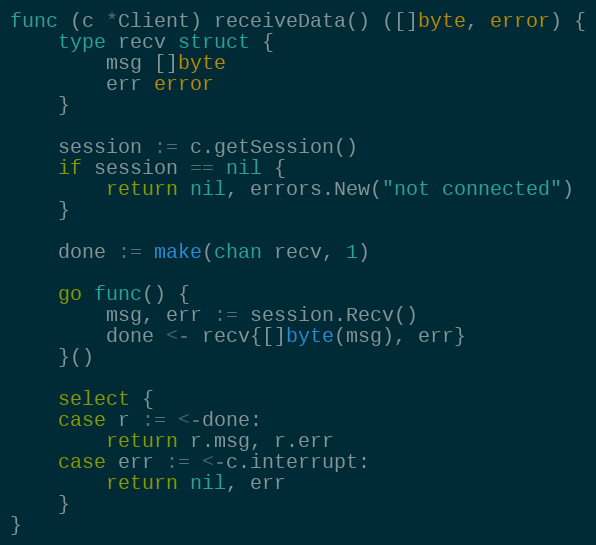
Language: Go
func (c *Client) receiveData() ([]byte, error) {
	type recv struct {
		msg []byte
		err error
	}

	session := c.getSession()
	if session == nil {
		return nil, errors.New("not connected")
	}

	done := make(chan recv, 1)

	go func() {
		msg, err := session.Recv()
		done <- recv{[]byte(msg), err}
	}()

	select {
	case r := <-done:
		return r.msg, r.err
	case err := <-c.interrupt:
		return nil, err
	}
}